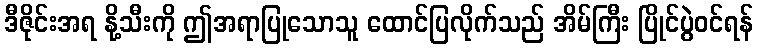
ဒီဇိုင်းအရ နို့သီးကို ဤအရာပြုသောသူ ထောင်ပြလိုက်သည် အိမ်ကြီး ပြိုင်ပွဲဝင်ရန်